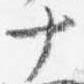
十